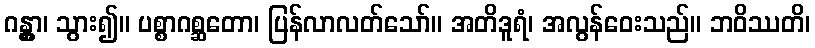
ဂန္တွာ၊ သွား၍။ ပစ္စာဂစ္ဆတော၊ ပြန်လာလတ်သော်။ အတိဒူရံ၊ အလွန်ဝေးသည်။ ဘဝိဿတိ၊